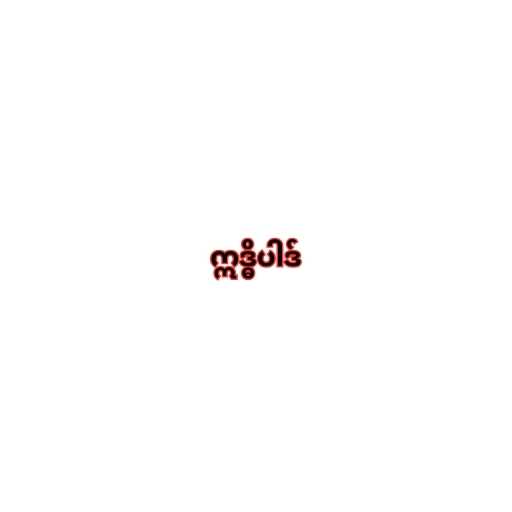
ဣဒ္ဓိပါဒ်